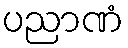
ပညာဏံ